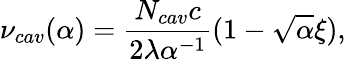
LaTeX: \nu_{cav}(\alpha)=\frac{N_{cav}c}{2\lambda\alpha^{-1}}(1-\sqrt{\alpha}\xi),